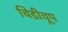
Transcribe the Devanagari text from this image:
चिडीचूप